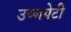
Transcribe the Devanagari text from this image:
उष्णपेटी